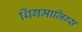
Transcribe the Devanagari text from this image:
थिंगमाजिग्स